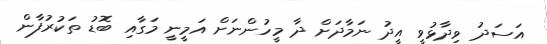
އަސަދު ވިދާޅުވީ އީދު ނަމާދަށް ދާ މީހުންނަށް އަމީނީ މަގާއި ބޮޑު ތަކުރުފާން